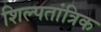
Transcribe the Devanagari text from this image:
शिल्पतांत्रिक